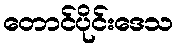
တောင်ပိုင်းဒေသ